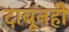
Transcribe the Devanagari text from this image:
दाबूनही